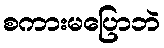
စကားမပြောဘဲ